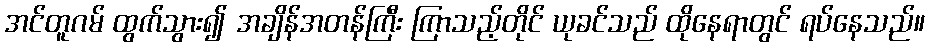
အင်တူဂမ် ထွက်သွား၍ အချိန်အတန်ကြီး ကြာသည့်တိုင် ယုခင်သည် ထိုနေရာတွင် ရပ်နေသည်။